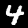
Label: 4